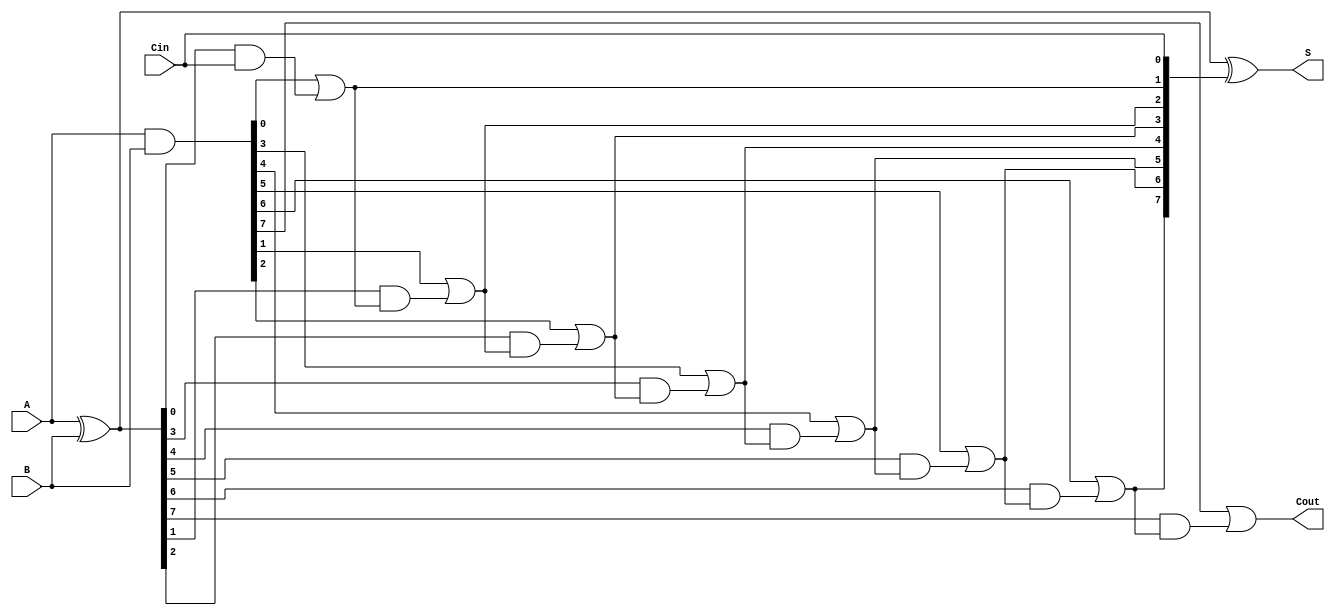
module brent_kung_adder #(parameter n = 8) (
    input  [n-1:0] A,        // First operand
    input  [n-1:0] B,        // Second operand
    input          Cin,       // Carry input
    output [n-1:0] S,        // Sum output
    output         Cout       // Carry output
);

    // Internal signals
    wire [n-1:0] P; // Propagate signals
    wire [n-1:0] G; // Generate signals
    wire [n:0] C;   // Carry signals (C[0] = Cin)
    
    // Compute propagate and generate signals
    assign P = A ^ B; // P[i] = A[i] XOR B[i]
    assign G = A & B; // G[i] = A[i] AND B[i]

    // Carry initialization
    assign C[0] = Cin;

    // Stage 1: Compute first-level carry
    assign C[1] = G[0] | (P[0] & C[0]);

    // Stage 2: Compute higher-level carries
    genvar i;
    generate
        for (i = 1; i < n; i = i + 1) begin : carry_generation
            assign C[i + 1] = G[i] | (P[i] & C[i]);
        end
    endgenerate

    // Final carry-out
    assign Cout = C[n];

    // Compute sum bits
    assign S = P ^ C[n-1:0]; // S[i] = P[i] XOR C[i]

endmodule